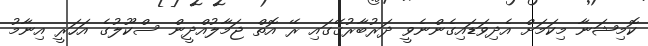
ކޮމިޝަނާ މިކަމަށް އެދިވަޑައިގެންނެވީ ދަރުބާރުގޭގައި ރޭ އޮތް ޖަމާލުއްދީން ސްކޫލުގެ އަހަރީ އިނާމު